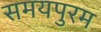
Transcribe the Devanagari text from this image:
समयपुरम